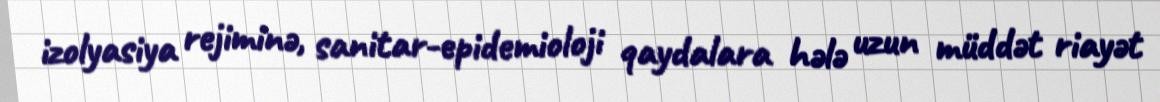
izolyasiya rejiminə, sanitar-epidemioloji qaydalara hələ uzun müddət riayət